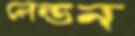
লেন্ডন